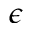
\epsilon